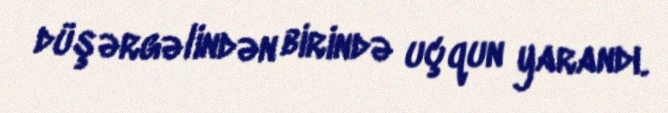
düşərgəlindən birində uçqun yarandı.